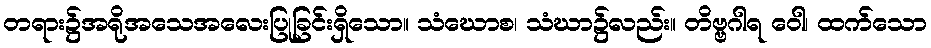
တရား၌အရိုအသေအလေးပြုခြင်းရှိသော။ သံဃောစ၊ သံဃာ၌လည်း။ တိဗ္ဗဂါရ ဝေါ၊ ထက်သော